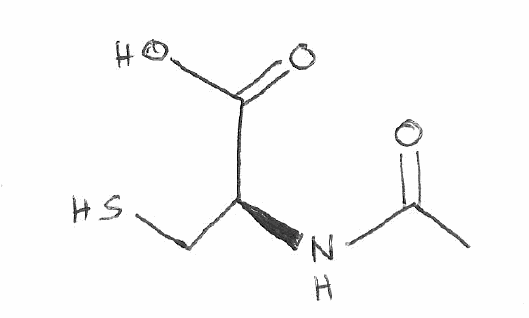
Simplified molecular-input line-entry system (SMILES) notation of the given molecule:
CC(=O)N[C@@H](CS)C(=O)O